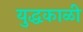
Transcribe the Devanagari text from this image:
युद्धकाळी